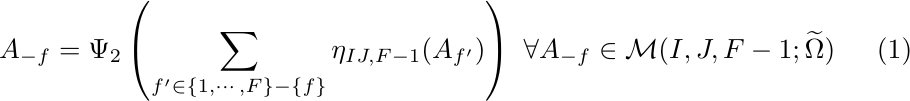
\begin{equation}
A_{-f}=\Psi_{2}\left(\sum_{f^{\prime}\in\{1,\cdots,F\}-\{f\}}\eta_{IJ,F-1}(A_{f^{\prime}})\right)\ \forall A_{-f}\in\mathcal{M}(I,J,F-1;\widetilde{\Omega})\label{eq:A_minus_f-1}
\end{equation}